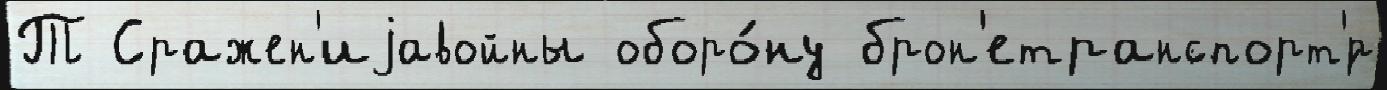
Т Сражен'иjавойны оборо́ну брон'етранспорт'́р